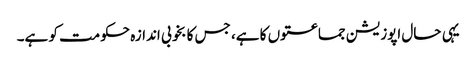
یہی حال اپوزیشن جماعتوں کا ہے، جس کا بخوبی اندازہ حکومت کو ہے۔